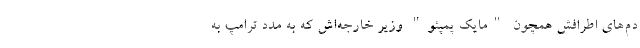
دم‌های اطرافش همچون "مایک پمپئو" وزیر خارجه‌اش که به مدد ترامپ به